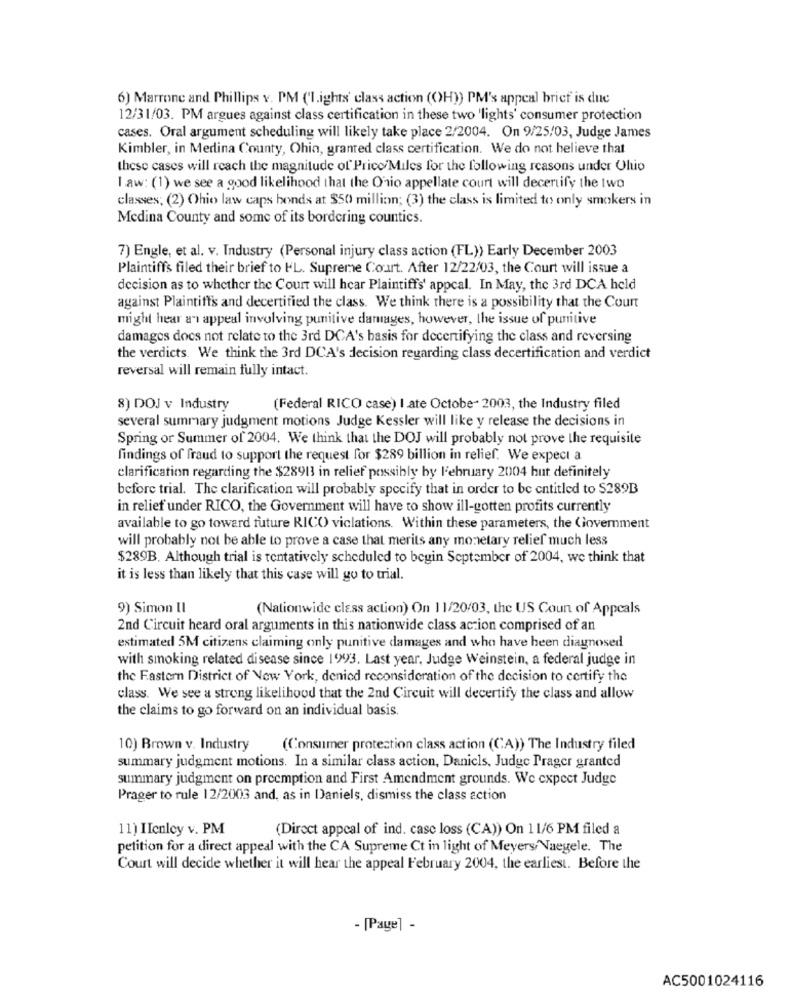
6) Marrone and Phillips v. PM ('lights' class action (OH)) PM's appeal brief is due
12/31/03. PM argues against class certification in these two 'lights' consumer protection
cases. Oral argument scheduling will likely take place 2/2004. On 9/25/03, Judge James
Kimbler, in Medina County, Ohin, granted class certification. We do not believe that
these cases will reach the magnitude of Prico/Miles for the following reasons under Ohio
I .aw: (1) we see a good likelihood that the Ohio appellate court will decertify the two
classes; (2) Ohio law caps bonds at $50 million; (3) the class is limited to only smokers in
Medina County and some of its bordering countics.
7) Engle, et al. v. Industry (Personal injury class action (FL)) Early December 2003
Plaintiffs filed their brief to HL. Supreme Court. After 12/22/03, the Court will issue a
decision as to whether the Court will hear Plaintiffs' appeal. In May, the 3rd DCA held
against Plaintiffs and decertified the class. We think there is a possibility that the Court
might hear an appeal involving punitive damages, however, the issue of punitive
damages does not relate to the 3rd DCA's basis for decertifying the class and reversing
the verdicts. We think the 3rd DCA's decision regarding class decertification and verdict
reversal will remain fully intact.
8) DOJ v Industry
(Federal RICO case) I ate Octobe- 2003, the Industry filed
several summary judgment motions Judge Kessler will like y release the decisions in
Spring or Summer of 2004. We think that the DOJ will probably not prove the requisite
findings of fraud to support the request for $289 billion in relief. We expect a
clarification regarding the $28913 in relief possibly by February 2004 hut definitely
before trial. The clarification will probably specify that in order to be entitled to S289B
in relief under RICO, the Government will have to show ill-gotten profits currently
available to go toward future RICO viclations. Within these parameters, the Government
will probably not be able to prove a case that merits any monetary relief much less
$289B. Although trial is tentatively scheduled to begin September of 2004, we think that
it is less than likely that this case will go to trial.
9) Simon II
(Nationwide class action) On 11/20/03, the US Coun of Appeals
2nd Circuit heard oral arguments in this nationwide class action comprised of an
estimated 5M citizens claiming only punitive damages and who have been diagnosed
with smoking related disease since 1994)3. Last year, Judge Weinstein, a federal judge in
the Fastern District of New York, denied reconsideration of the decision to certify the
class. We see a strong likelihood that the 2nd Circuit will decertify the class and allow
the claims to go forward on an individual basis.
10) Brown v. Industry
(Consumer protection class action (CA)) The Industry filed
summary judgment motions. In a similar class action, Daniels, Judge Prager granted
summary judgment on preemption and First Amendment grounds. We expect Judge
Prager to rule 12/2003 and, as in Daniels, dismiss the class action
11) IIcnlcy v. PM
(Direct appeal of ind. case loss (CA)) On 11/6 PM filed a
petition for a direct appeal with the CA Supreme Ct in light of Meyers Naegele. The
Court will decide whether it will hear the appeal February 2004, the earliest. Before the
- [Page] -
AC5001024116